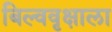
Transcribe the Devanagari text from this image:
बिल्ववृक्षाला